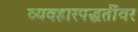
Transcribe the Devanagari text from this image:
व्यवहारपद्धतींवर